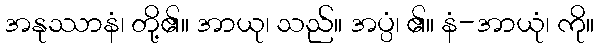
အနုဿာနံ၊ တို့၏။ အာယု၊ သည်။ အပ္ပံ၊ ၏။ နံ-အာယုံ၊ ကို။